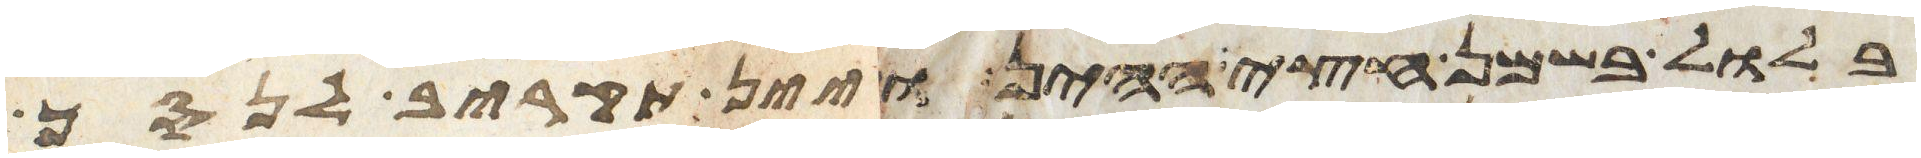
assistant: בלול בשמן חצי ההין ויין תקריב לנסך